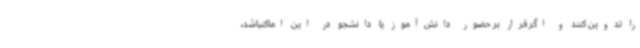
را تدوین کنند و اگر قرار بر حضور دانش‌آموز یا دانشجو در این اماکنباشد،